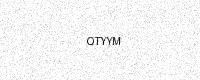
Text: QTYYM